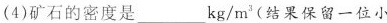
(4)矿石的密度是___kg/m^{3}(结果保留一位小